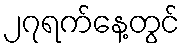
၂၇ရက်နေ့တွင်